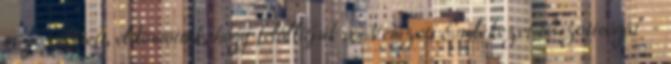
megszületett, eldöntöttük, hogy felállítjuk a Nemzeti Emlékezet Bizottságát" -